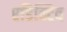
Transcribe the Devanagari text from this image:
एडिक्टिव